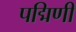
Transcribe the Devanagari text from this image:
पद्मिणी